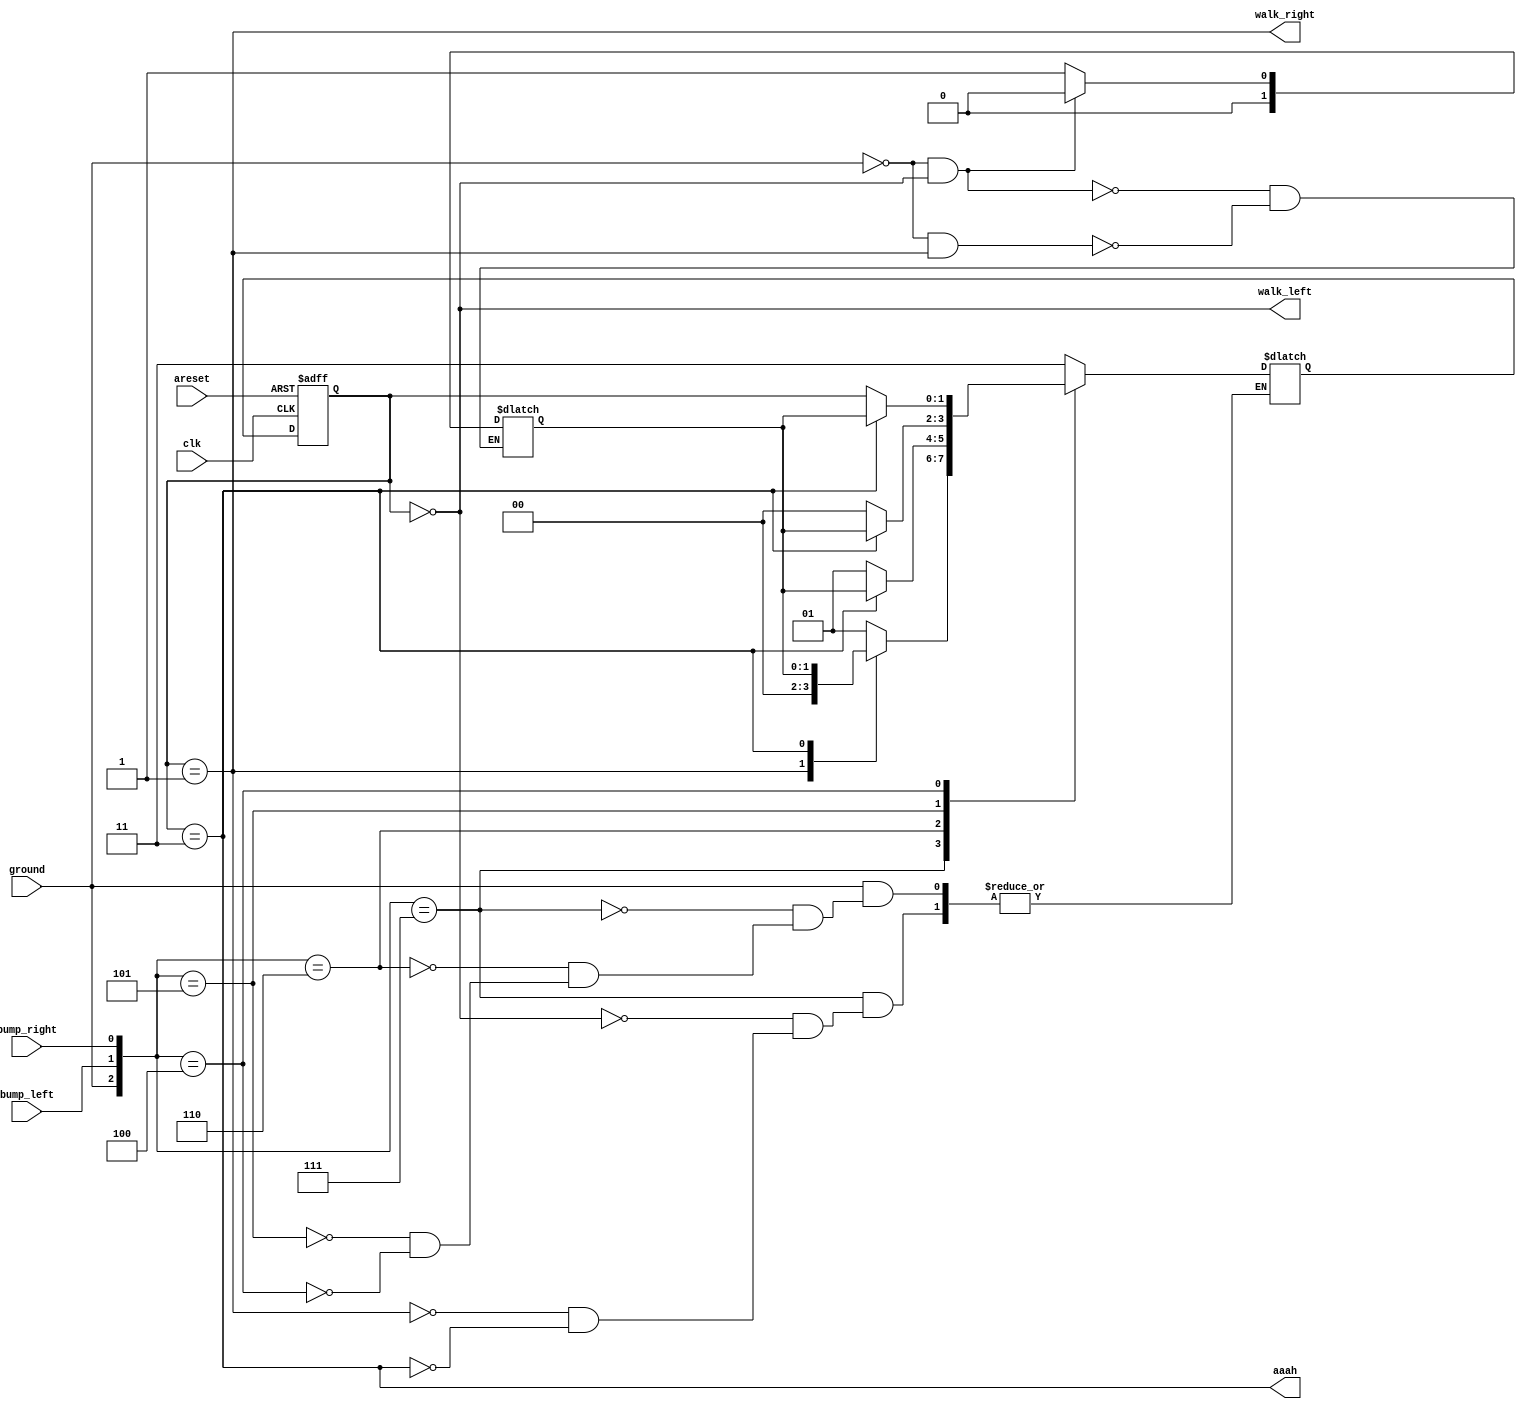
module top_module(
    input clk,
    input areset,    // Freshly brainwashed Lemmings walk left.
    input bump_left,
    input bump_right,
    input ground,
    output walk_left,
    output walk_right,
    output aaah ); 

    parameter LEFT = 0, RIGHT = 1, AAAH = 3;
    reg [1:0] state, next_state,state_before_fall;
   
    wire [2:0] sel;
    assign sel = {ground,bump_left,bump_right};
    always@(*) begin
        casex(sel)
            3'b0xx: next_state <= AAAH;
            3'b111: begin
                case(state)
                    LEFT: next_state <= RIGHT;
                    RIGHT: next_state <= LEFT;
                    AAAH: next_state <= state_before_fall;
                endcase
            end
            3'b110: begin
                case(state)
                    AAAH: next_state <= state_before_fall;
                    default:next_state <= RIGHT;
                endcase
            end
            3'b101: begin
                case(state)
                    AAAH: next_state <= state_before_fall;
                    default:next_state <= LEFT;
                endcase
            end
            3'b100:  begin
                case(state)
                    AAAH: next_state <= state_before_fall;
                    default:next_state <= state;
                endcase
            end
        endcase
        /*if(!ground&&(state != AAAH))
            state_before_fall <= state;*/
        if(!ground&&(state == LEFT))
            state_before_fall <= LEFT;
        else if(!ground&&(state == RIGHT))
            state_before_fall <= RIGHT;
    end
    
    always@(posedge clk or posedge areset) begin
        if(areset)
            state <= LEFT;
        else
            state <= next_state;
    end
    
    assign walk_left = (state == LEFT);
    assign walk_right = (state == RIGHT);
    assign aaah = (state == AAAH);
endmodule